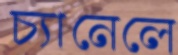
চ্যানেলে